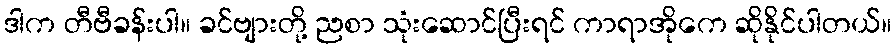
ဒါက တီဗီခန်းပါ။ ခင်ဗျားတို့ ညစာ သုံးဆောင်ပြီးရင် ကာရာအိုကေ ဆိုနိုင်ပါတယ်။